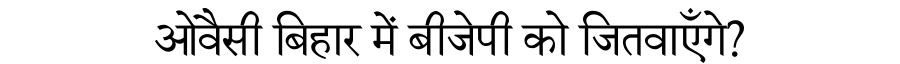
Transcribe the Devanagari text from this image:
ओवैसी बिहार में बीजेपी को जितवाएँगे?